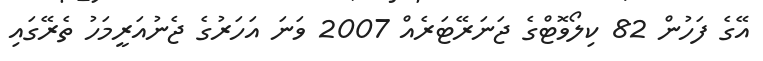
އޭގެ ފަހުން 82 ކިލޯވޮޓްގެ ޖަނަރޭޓަރެއް 2007 ވަނަ އަހަރުގެ ޖެނުއަރީމަހު ތެރޭގައި